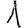
Digit: 1